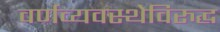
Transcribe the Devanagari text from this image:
वर्णव्यवस्थेविरुद्ध